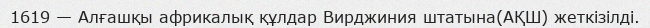
1619 — Алғашқы африкалық құлдар Вирджиния штатына(АҚШ) жеткізілді.